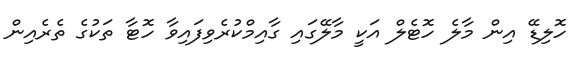
ހޮލިޑޭ އިން މާލެ ހޮޓެލް އަކީ މާލޭގައި ގާއިމްކުރެވިފައިވާ ހޮޓާ ތަކުގެ ތެރެއިން